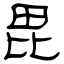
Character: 毘